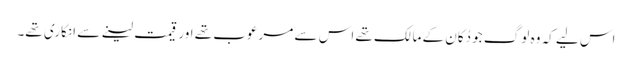
اس لیے کہ وہ لوگ جو دُکان کے مالک تھے اس سے مرعوب تھے اور قیمت لینے سے انکاری تھے۔